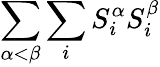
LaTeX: \sum_{\alpha<\beta}\sum_{i}S_{i}^{\alpha}S_{i}^{\beta}